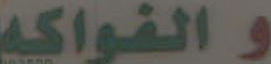
والفواكه